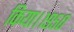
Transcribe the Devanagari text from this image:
किया।१९५०